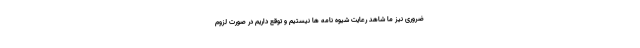
ضروری نیز ما شاهد رعایت شیوه نامه ها نیستیم و توقع داریم در صورت لزوم